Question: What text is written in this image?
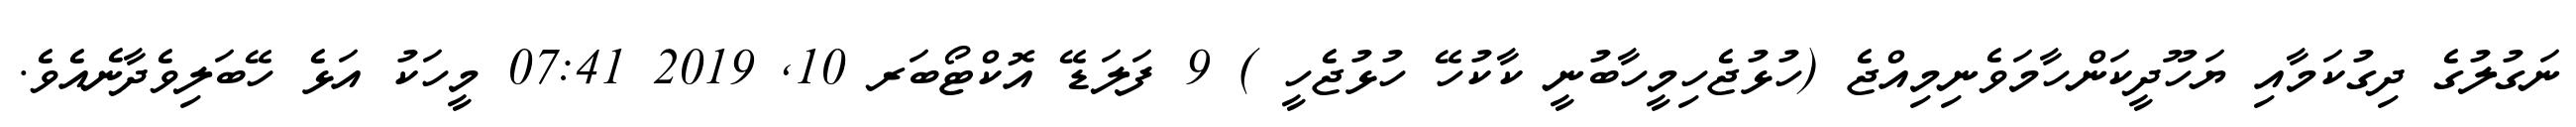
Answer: ނަގުލުގެ ދިގުކަމާއި ޔަހޫދީކަންހާމަވެނިމިއްޖެ (ހުޅުޖެހިމީހާބުނީ ކާކުހޭ ހުޅުޖެހީ ) 9 ފަލަޑޭ އޮކްޓޯބަރ 10, 2019 07:41 މީހަކު އަޅެ ހޭބަލިވެދާނެއެވެ.